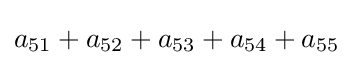
a_{51}+a_{52}+a_{53}+a_{54}+a_{55}